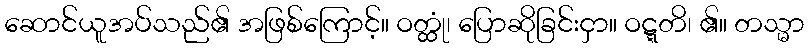
ဆောင်ယူအပ်သည်၏ အဖြစ်ကြောင့်။ ဝတ္ထုံ၊ ပြောဆိုခြင်းငှာ။ ဝဋ္ဋတိ၊ ၏။ တသ္မာ